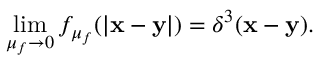
\operatorname * { l i m } _ { \mu _ { f } \to 0 } f _ { \mu _ { f } } ( | { \bf x - y } | ) = \delta ^ { 3 } ( { \bf x - y } ) .